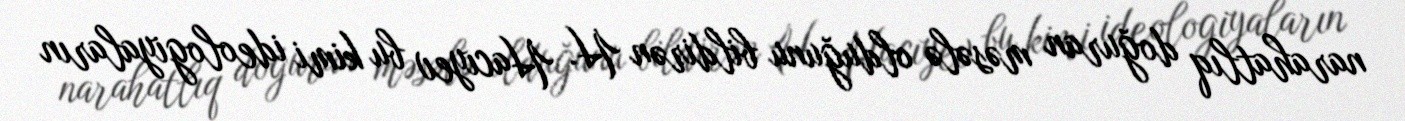
narahatlıq doğuran məsələ olduğunu bildirən H. Hacıyev bu kimi ideologiyaların